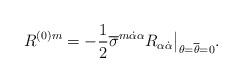
LaTeX: \begin{align*}R^{(0)m} =-{1\over2}\overline\sigma^{m\dot\alpha\alpha} R_{\alpha\dot\alpha}\bigr|_{\theta=\overline\theta=0}.\end{align*}